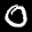
Label: 0